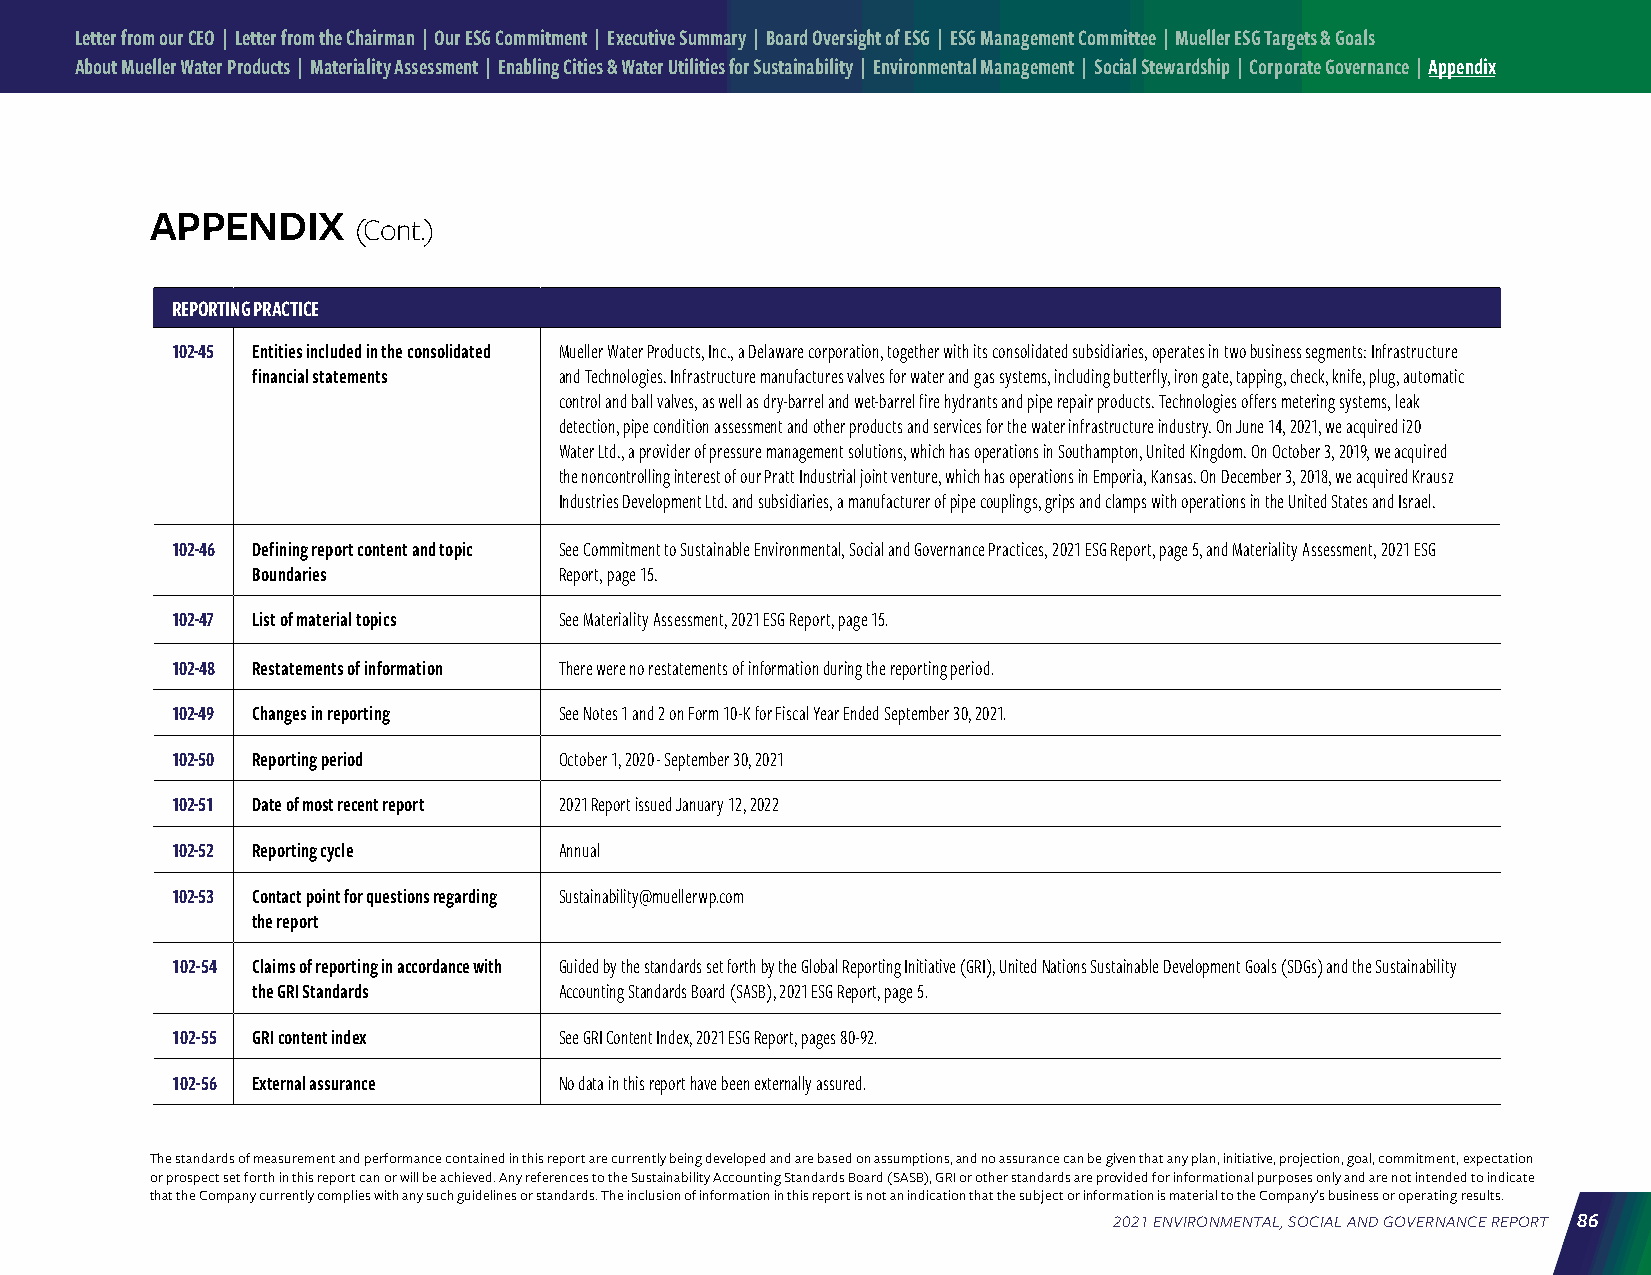
Letter from our CEO | Letter from the Chairman | Our ESG Commitment | Executive Summary | Board Oversight of ESG | ESG Management Committee | Mueller ESG Targets & Goals
 About Mueller Water Products | Materiality Assessment | Enabling Cities & Water Utilities for Sustainability | Environmental Management | Social Stewardship | Corporate Governance | Appendix
 APPENDIX
 (Cont.)
 REPORTING PRACTICE
 102-45 Entities included in the consolidated Mueller Water Products, Inc., a Delaware corporation, together with its consolidated subsidiaries, operates in two business segments: Infrastructure
 financial statements and Technologies. Infrastructure manufactures valves for water and gas systems, including butterfly, iron gate, tapping, check, knife, plug, automatic
 control and ball valves, as well as dry-barrel and wet-barrel fire hydrants and pipe repair products. Technologies offers metering systems, leak
 detection, pipe condition assessment and other products and services for the water infrastructure industry. On June 14, 2021, we acquired i20
 Water Ltd., a provider of pressure management solutions, which has operations in Southampton, United Kingdom. On October 3, 2019, we acquired
 the noncontrolling interest of our Pratt Industrial joint venture, which has operations in Emporia, Kansas. On December 3, 2018, we acquired Krausz
 Industries Development Ltd. and subsidiaries, a manufacturer of pipe couplings, grips and clamps with operations in the United States and Israel.
 102-46 Defining report content and topic See Commitment to Sustainable Environmental, Social and Governance Practices, 2021 ESG Report, page 5, and Materiality Assessment, 2021 ESG
 Boundaries          Report, page 15.
 102-47 List of material topics See Materiality Assessment, 2021 ESG Report, page 15.
 102-48 Restatements of information There were no restatements of information during the reporting period.
 102-49 Changes in reporting See Notes 1 and 2 on Form 10-K for Fiscal Year Ended September 30, 2021.
 102-50 Reporting period   October 1, 2020 - September 30, 2021
 102-51 Date of most recent report 2021 Report issued January 12, 2022
 102-52 Reporting cycle    Annual
 102-53 Contact point for questions regarding Sustainability@muellerwp.com
 the report
 102-54 Claims of reporting in accordance with Guided by the standards set forth by the Global Reporting Initiative (GRI), United Nations Sustainable Development Goals (SDGs) and the Sustainability
 the GRI Standards   Accounting Standards Board (SASB), 2021 ESG Report, page 5.
 102-55 GRI content index  See GRI Content Index, 2021 ESG Report, pages 80-92.
 102-56 External assurance No data in this report have been externally assured.
 The standards of measurement and performance contained in this report are currently being developed and are based on assumptions, and no assurance can be given that any plan, initiative, projection, goal, commitment, expectation
 or prospect set forth in this report can or will be achieved. Any references to the Sustainability Accounting Standards Board (SASB), GRI or other standards are provided for informational purposes only and are not intended to indicate
 that the Company currently complies with any such guidelines or standards. The inclusion of information in this report is not an indication that the subject or information is material to the Company’s business or operating results.
 2021 ENVIRONMENTAL, SOCIAL AND GOVERNANCE REPORT 86